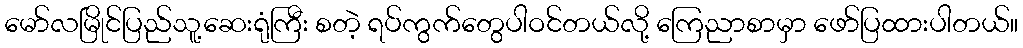
မော်လမြိုင်ပြည်သူ့ဆေးရုံကြီး စတဲ့ ရပ်ကွက်တွေပါဝင်တယ်လို့ ကြေညာစာမှာ ဖော်ပြထားပါတယ်။